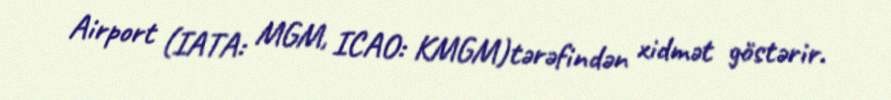
Airport (IATA: MGM, ICAO: KMGM)tərəfindən xidmət göstərir.